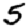
Digit: 5